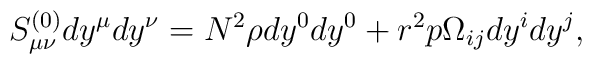
S^{(0)}_{\mu\nu}dy^{\mu}dy^{\nu} = 	N^2\rho dy^0dy^0 + r^2p\Omega_{ij}dy^idy^j,